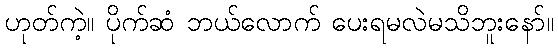
ဟုတ်ကဲ့။ ပိုက်ဆံ ဘယ်လောက် ပေးရမလဲမသိဘူးနော်။